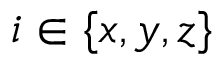
i \in \{ x , y , z \}